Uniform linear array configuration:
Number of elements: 16
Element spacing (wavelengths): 1
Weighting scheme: binomial
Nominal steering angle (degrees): -15
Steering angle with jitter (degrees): -14.255
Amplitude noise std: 0.05
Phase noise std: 0.05

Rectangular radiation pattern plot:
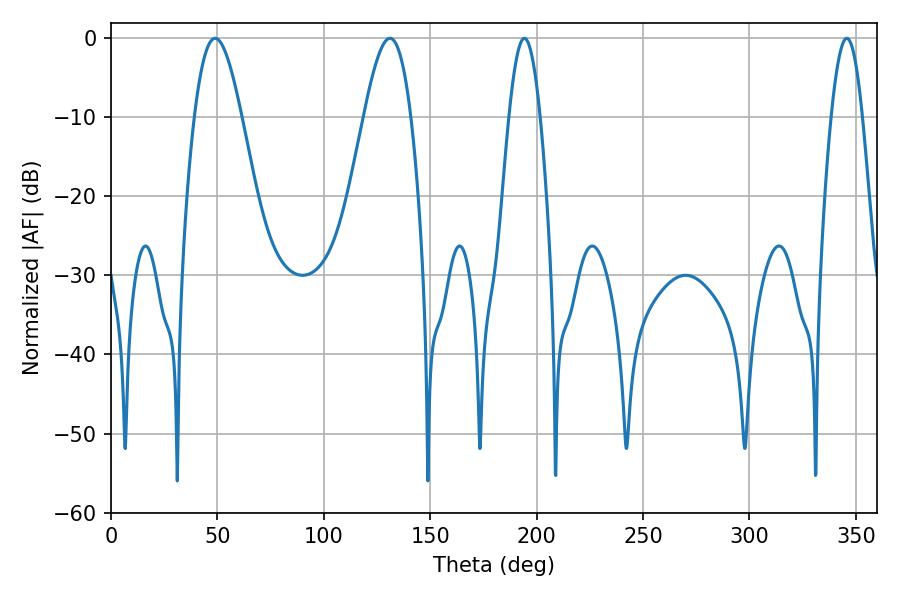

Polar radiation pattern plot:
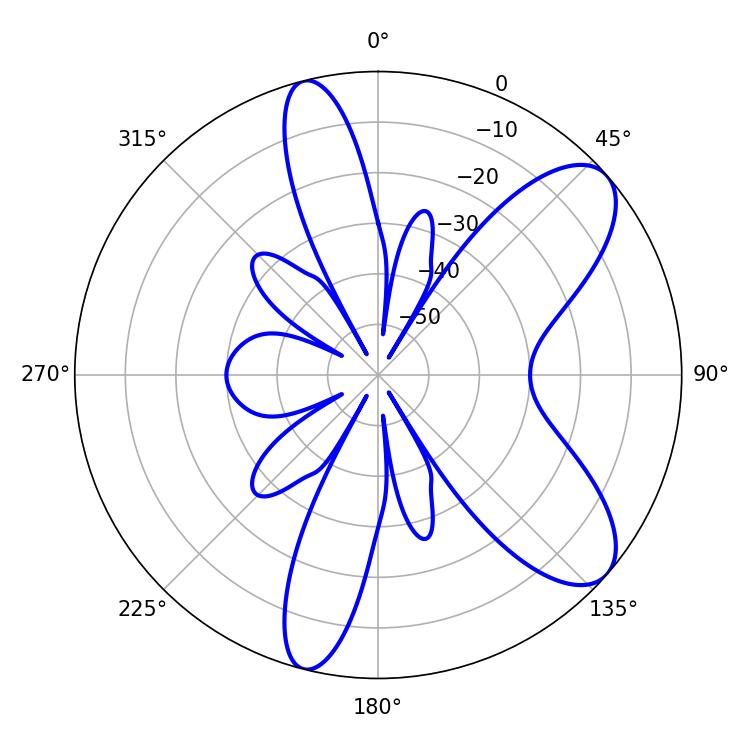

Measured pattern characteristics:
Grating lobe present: TRUE
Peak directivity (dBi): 8.666
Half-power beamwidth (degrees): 11.88
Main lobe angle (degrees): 48.96